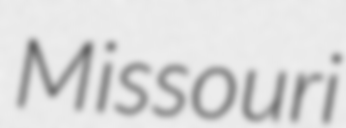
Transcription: Missouri